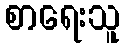
စာရေးသူ